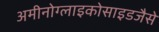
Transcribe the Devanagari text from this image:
अमीनोग्लाइकोसाइडजैसे